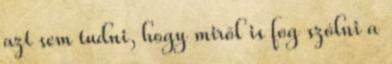
azt sem tudni, hogy miről is fog szólni a